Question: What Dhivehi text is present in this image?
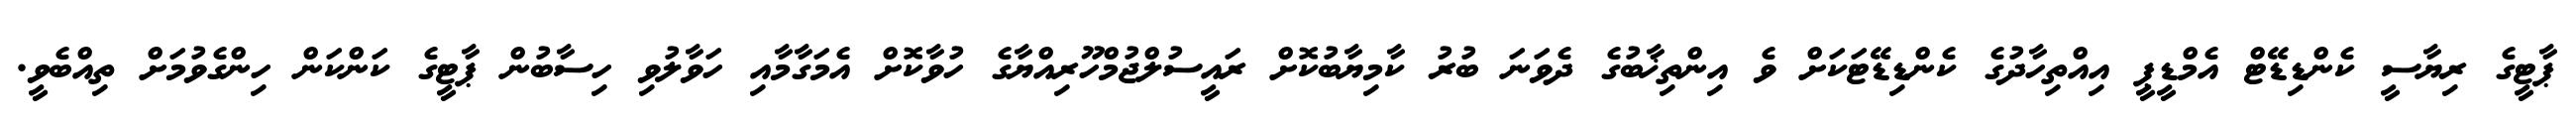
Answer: ޕާޓީގެ ރިޔާސީ ކެންޑިޑޭޓް އެމްޑީޕީ އިއްތިހާދުގެ ކެންޑިޑޭޓަކަށް ވެ އިންތިޚާބުގެ ދެވަނަ ބުރު ކާމިޔާބުކޮށް ރައީސުލްޖުމްހޫރިއްޔާގެ ހުވާކޮށް އެމަގާމާއި ހަވާލުވި ހިސާބުން ޕާޓީގެ ކަންކަން ހިންގެވުމަށް ތިއްބެވީ.